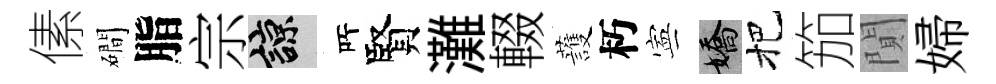
傃磵脂宗諒𠩄賢灘輟䕶朽寕嬌把笳閴婦